Mental hospitals Bombay report 1921-28 - 1921-1928
Year: 1921
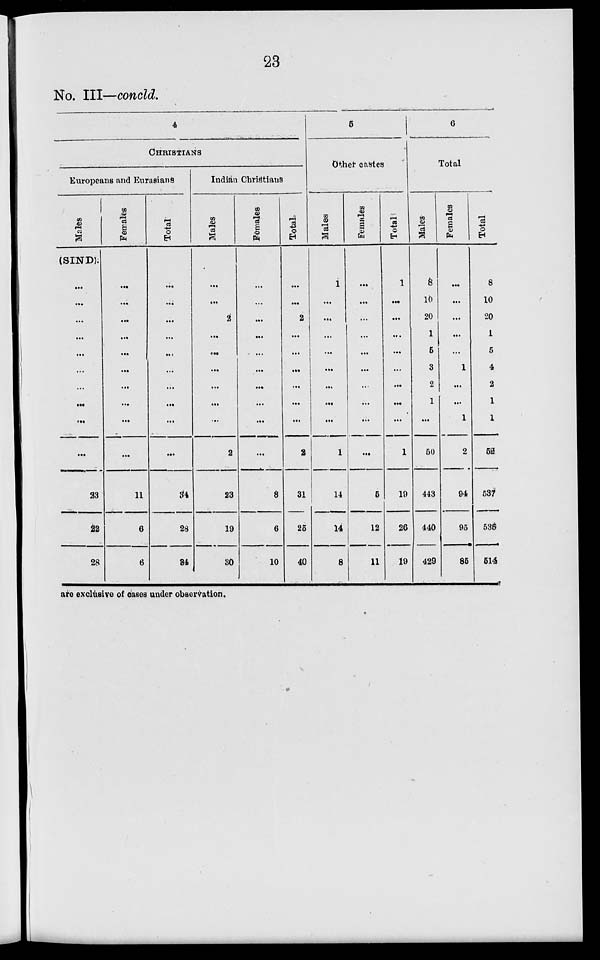
23
No. III—concld.
CHRISTIANS
Europeans and Eurasians
Males
(SIND)
...
...
...
...
...
...
...
...
...
...
23
22
28
Females
...
...
...
...
...
...
...
...
...
...
11
6
6
Total
...
...
...
...
...
...
...
...
...
...
34
28
34
Indian Christians
Males
...
...
2
...
...
...
...
...
...
2
23
19
30
Females
...
...
...
...
...
...
...
...
...
...
8
6
10
Total
...
...
2
...
...
...
...
...
...
2
31
25
40
5
Other castes
Males
1
...
...
...
...
...
...
...
1
14
14
8
Females
...
...
...
...
...
...
...
...
...
...
5
12
11
Total
1
...
...
...
...
...
...
...
...
1
19
26
19
6
Total
Males
8
10
20
1
5
3
2
1
...
50
443
440
429
Females
...
...
...
...
...
1
...
...
1
2
94
95
85
Total
8
10
20
1
5
4
2
1
1
52
537
535
514
are exclusive of cases under observation.